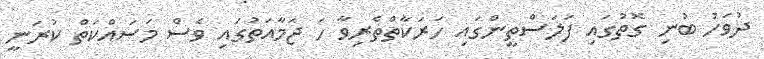
ދުވަހު ބުނި ގޮތުގައި ފަލަސްތީންގައި ހަރަކާތްތެރިވާ ހަ ޖަމާއަތުގައި ވެސް މަސައްކަތް ކުރަނީ